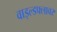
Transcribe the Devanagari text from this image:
वाइल्डफ्लावर